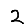
Digit: 2